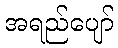
အရည်ပျော်